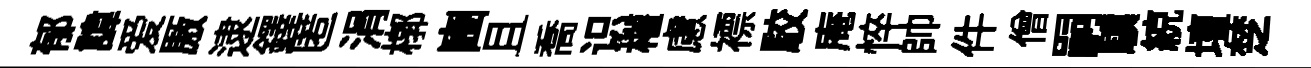
郁諱爱厫逮鐸匿涓槨豳且喬识權慮褾駮庵悴帥件僧嗣驥綂壇椘